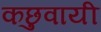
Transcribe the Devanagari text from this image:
कछुवायी